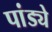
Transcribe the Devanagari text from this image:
पांड्ये